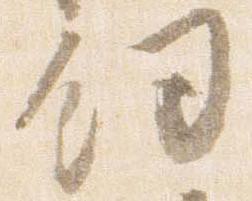
釼